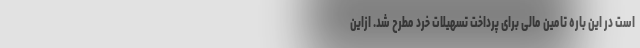
است در این باره تامین مالی برای پرداخت تسهیلات خرد مطرح شد. ازاین